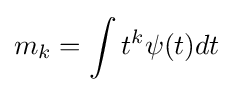
m_{k}=\int t^{k}\psi (t)dt